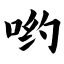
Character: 哟